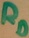
Text: RD